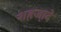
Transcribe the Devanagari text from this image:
शहजा़दे